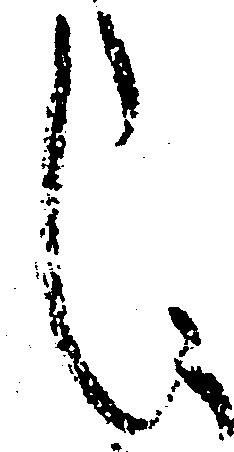
し